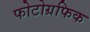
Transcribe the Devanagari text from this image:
फोटोग्रफिक